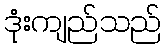
ဒုံးကျည်သည်